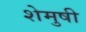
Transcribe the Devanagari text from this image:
शेमुषी